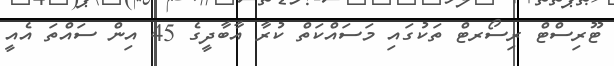
ޓޫރިސްޓް ރިސޯރޓް ތަކުގައި މަސައްކަތް ކުރާ އާބާދީގެ 45 އިން ސައްތަ އެެއީ